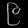
Digit: ၉